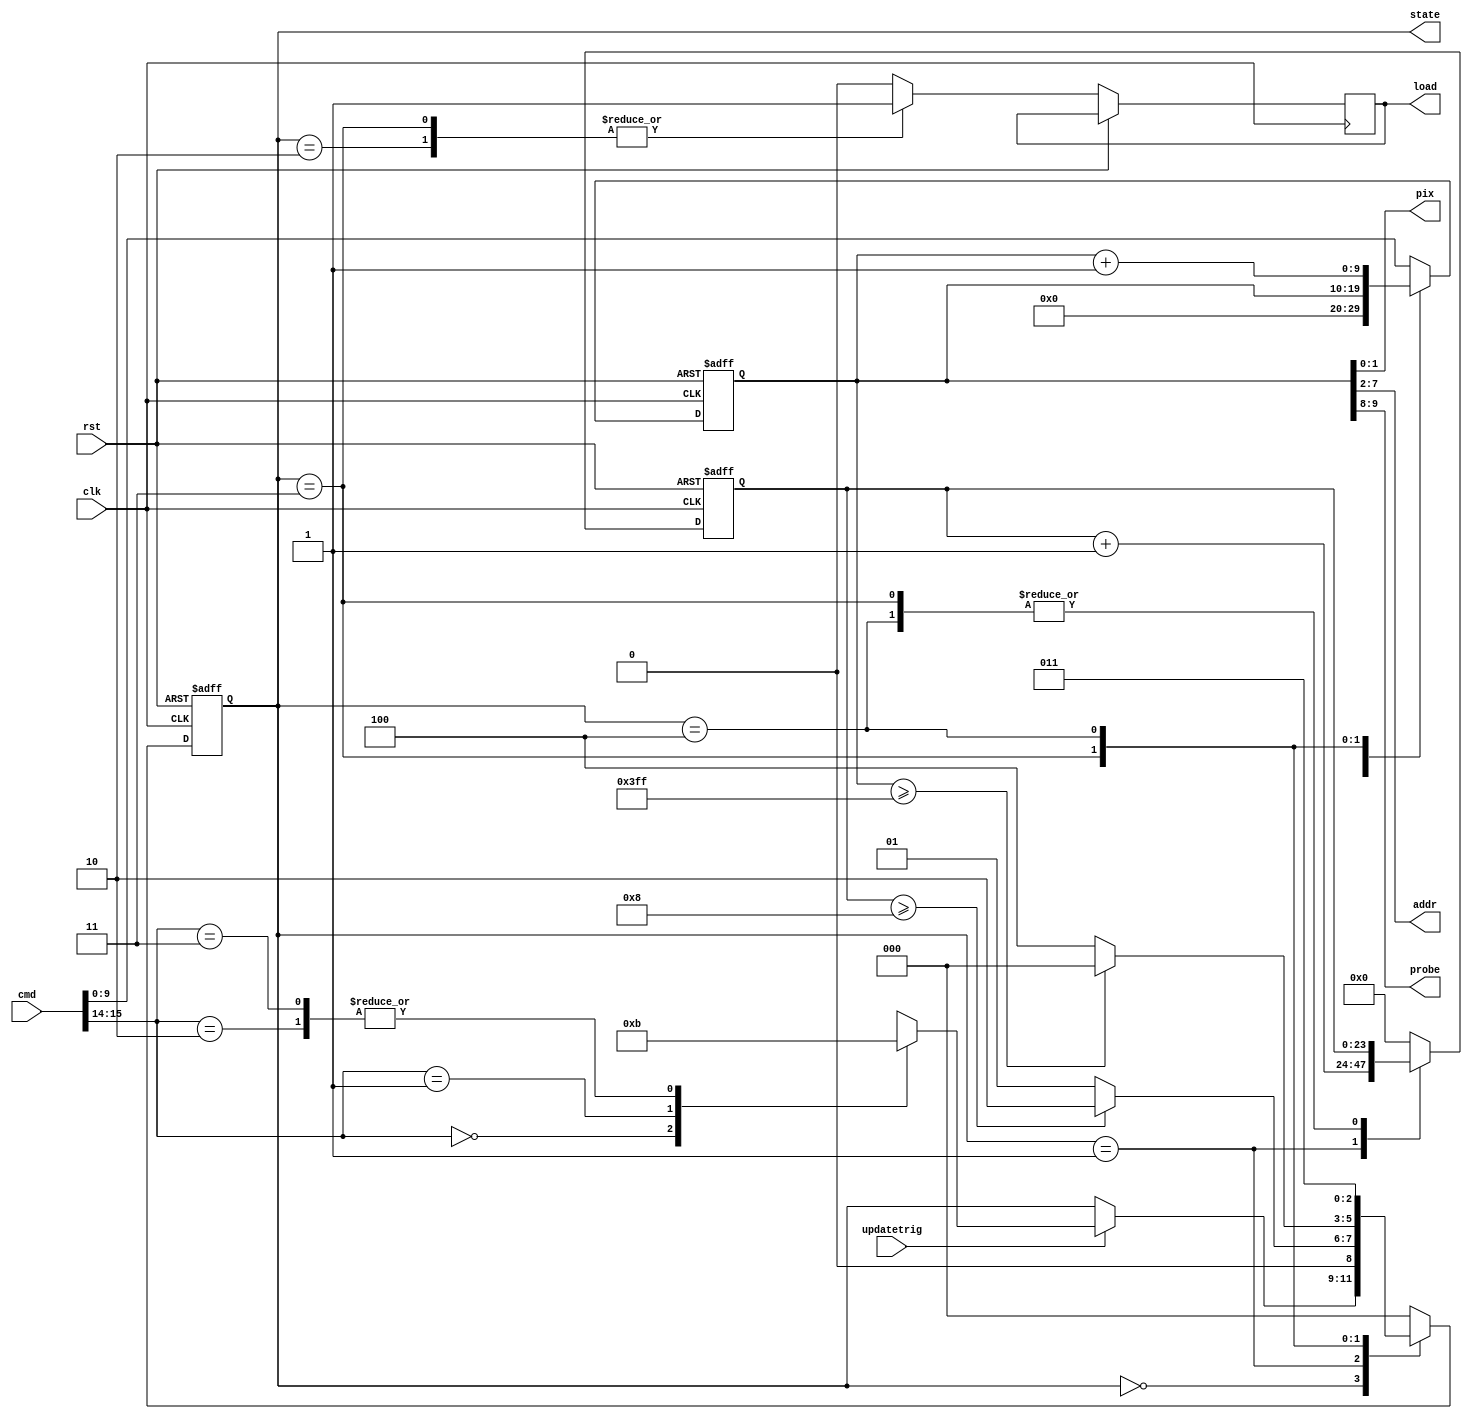
`timescale 1ns / 1ps
//////////////////////////////////////////////////////////////////////////////////
// Company: 
//////////////////////////////////////////////////////////////////////////////////

//changes by adriaan:
	//ENLED and VLED are no longer controlled by this block, its directly set by the maincode. thats because it has to settle before LOAD triggers
	//the update is given by the opal kelly trigger, such that old_cmd check is removed
	//LOAD was not given correctly! It is a positive trigger latch, such that it should toggle with each address update
	//intADDR was removed, because changing the ADDR doesnt do anything to the chip unless LOAD is asserted
	//meaning that having 2 internal address registers just clutters
	//added a few more states to make it easier to interpret

//cmd has the following structure:
//[CMD method | - | - | LEDADDR]
//CMD method: 2'b : state <= IDLE;
//						2'b01 : state <= PIX_UPDATE;
//		 				2'b10 : state <= UPDATE_ALL_PIX;

//3'b : removed (used to be VLED =  DAC value for setting LED drive strength)
//1'b : removed (used to be EN)
//LEDADDR: 10'b : addressing for 1024 uLED

//LOAD programs not only EN_LED but also programs VLED

module EProbe_control_at(
input clk,
input rst,
input [15:0] cmd,
output [2:1] pix,
output [6:1] addr,
output [1:0] probe,
output reg load,
output reg [2:0] state,
input updatetrig
);

parameter  IDLE = 3'b000;
parameter  PIX_UPDATE_PREP = 3'b001;
parameter  PIX_UPDATE = 3'b010;
parameter  UPDATE_ALL_LOAD = 3'b011;
parameter  UPDATE_ALL_NEXT_PIX = 3'b100;
		
parameter  FULL_ADDR = 10'b1111111111;
parameter  ADDR_WAIT = 4'b1000;

reg [9:0] ledADDR;
reg [23:0] instate_counter;

assign probe = ledADDR[9:8];
assign addr = ledADDR[7:2];
assign pix = ledADDR[1:0];

always @(posedge clk or posedge rst) begin
	if(rst) begin
		ledADDR <= 10'b0;
		state <= IDLE;
		instate_counter <= 4'b0;
	end else begin
		case (state)
			IDLE : begin
				instate_counter <= 0;
				load <= 1'b0;		
				ledADDR <= 10'b0;	
				if (updatetrig == 1'b1) begin
					case (cmd[15:14])
						2'b00 : state <= IDLE;
						2'b01 : state <= PIX_UPDATE_PREP;
						2'b10 : state <= UPDATE_ALL_LOAD;
						2'b11 : state <= UPDATE_ALL_LOAD;
						default :  state <= IDLE;
					endcase
				end
			end
						
			PIX_UPDATE_PREP : begin
				load <= 1'b0;
				ledADDR <= cmd[9:0];
				instate_counter <= instate_counter + 1;
				if(instate_counter >= ADDR_WAIT) begin //when # of windows is reached
					state <= PIX_UPDATE;
				end else begin
					state <= PIX_UPDATE_PREP;
				end
			end
			
			
			PIX_UPDATE : begin 
				instate_counter <= 4'b0;
				ledADDR <= cmd[9:0];
				load <= 1'b1;
				state <= IDLE;
			end
			
			
			UPDATE_ALL_LOAD : begin				
				load <= 1'b1; //assert LOAD, AS VLED, ADDR and ENLED have already been settled
				if(ledADDR >= FULL_ADDR) begin //when # of windows is reached
					state <= IDLE;
				end else begin
					state <= UPDATE_ALL_NEXT_PIX;
				end
				
			end
			
			
			UPDATE_ALL_NEXT_PIX : begin				
				load <= 1'b0; //deassert LOAD to have it toggle on next cycle
				ledADDR <= ledADDR + 1;
				state <= UPDATE_ALL_LOAD;
//				if(instate_counter >= ADDR_WAIT) begin //when # of windows is reached
//					state <= UPDATE_ALL_LOAD;
//				end else begin
//					state <= UPDATE_ALL_NEXT_PIX;
//				end	
			end
			
			
			
			default: begin //same behaviour as reset clause
				instate_counter <= 4'b0;
				ledADDR <= cmd[9:0];
				load <= 1'b0;
				state <= IDLE;
			end
		endcase
	end
end

endmodule